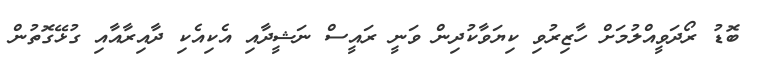
ބޮޑު ރޯދަވީއްލުމަށް ހާޒިރުވި ކިޔަވާކުދިން ވަނީ ރައީސް ނަޝީދާއި އެކިއެކި ދާއިރާއާއި ގުޅޭގޮތުން